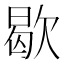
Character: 歇